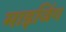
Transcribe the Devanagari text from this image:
माइजिंग